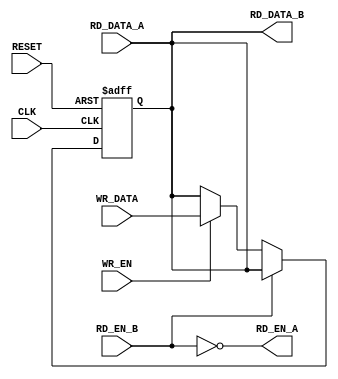
module Dual_Port_Bypass_Register(
    input wire CLK,
    input wire RESET,
    input wire [DATA_WIDTH-1:0] WR_DATA,
    input wire WR_EN,
    input wire [DATA_WIDTH-1:0] RD_DATA_A,
    output wire RD_EN_A,
    input wire RD_EN_B,
    output wire [DATA_WIDTH-1:0] RD_DATA_B
);

parameter DATA_WIDTH = 8;

reg [DATA_WIDTH-1:0] reg_data;

always @(posedge CLK or posedge RESET) begin
    if (RESET) begin
        reg_data <= 0;
    end else begin
        if (WR_EN) begin
            reg_data <= WR_DATA;
        end 
        if (RD_EN_B) begin
            reg_data <= RD_DATA_A;
        end
    end
end

assign RD_DATA_A = reg_data;
assign RD_DATA_B = reg_data;
assign RD_EN_A = ~RD_EN_B;

endmodule